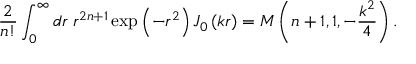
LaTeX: { \frac { 2 } { n ! } } \int _ { 0 } ^ { \infty } { d r } \; r ^ { 2 n + 1 } \exp \left( - r ^ { 2 } \right) J _ { 0 } \left( k r \right) = M \left( n + 1 , 1 , - { \frac { k ^ { 2 } } { 4 } } \right) .